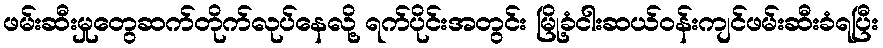
ဖမ်းဆီးမှုတွေဆက်တိုက်လုပ်နေလို့ ရက်ပိုင်းအတွင်း မြို့ခံငါးဆယ်ဝန်းကျင်ဖမ်းဆီးခံရပြီး